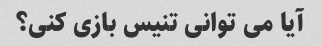
آیا می توانی تنیس بازی کنی؟